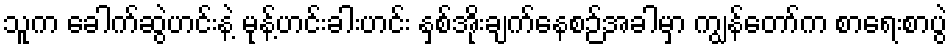
သူက ခေါက်ဆွဲဟင်းနဲ့ မုန့်ဟင်းခါးဟင်း နှစ်အိုးချက်နေစဉ်အခါမှာ ကျွန်တော်က စာရေးစာပွဲ